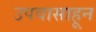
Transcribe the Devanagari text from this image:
उपवासाहून